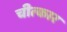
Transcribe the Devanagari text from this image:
चीत्‍कार